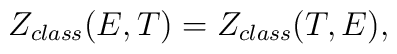
Z_{class} (E,T)=Z_{class}(T,E),